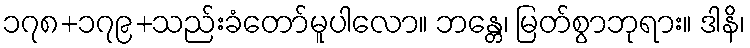
၁၇၈+၁၇၉+သည်းခံတော်မူပါလော။ ဘန္တေ၊ မြတ်စွာဘုရား။ ဒါနိ၊